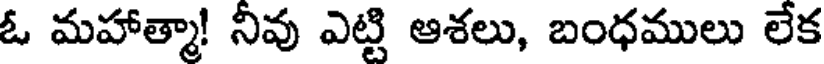
ఓ మహాత్మా! నీవు ఎట్టి ఆశలు, బంధములు లేక